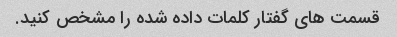
قسمت های گفتار کلمات داده شده را مشخص کنید.